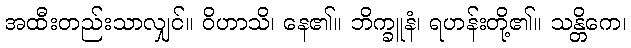
အထီးတည်းသာလျှင်။ ဝိဟာသိ၊ နေ၏။ ဘိက္ခူနံ၊ ရဟန်းတို့၏။ သန္တိကေ၊